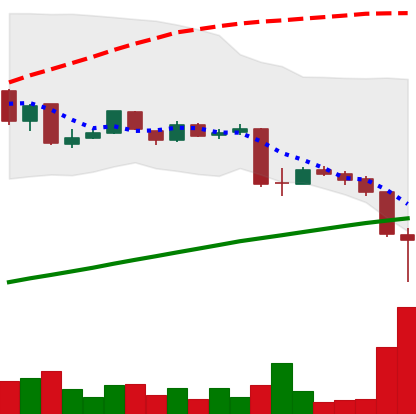
Ticker: LTC-USD
Chart end date: 2015-08-25
Forward return: -3.023%
Label: down_3_5